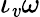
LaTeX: \iota_{\mathit{v}}\omega